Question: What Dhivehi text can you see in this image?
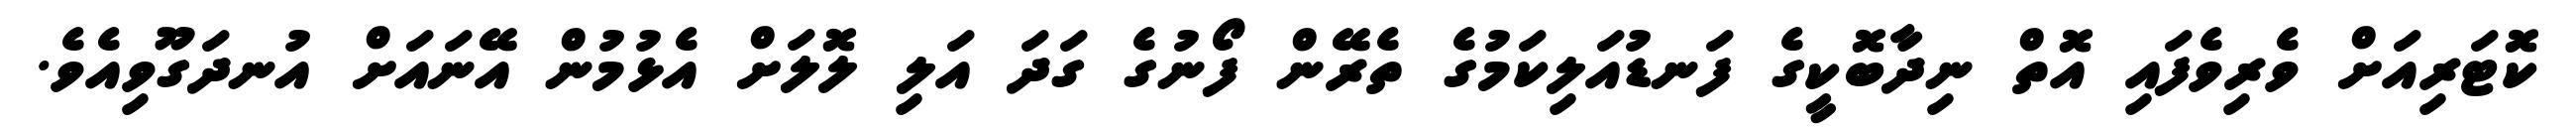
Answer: ކޮޓަރިއަށް ވެރިވެފައި އޮތް ނިދާބޮކީގެ ފަނޑުއަލިކަމުގެ ތެރޭން ފޯނުގެ ގަދަ އަލި ލޮލަށް އެޅުމުން އޭނައަށް އުނދަގޫވިއެވެ.